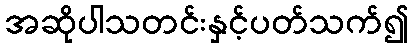
အဆိုပါသတင်းနှင့်ပတ်သက်၍